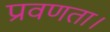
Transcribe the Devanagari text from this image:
प्रवणता।